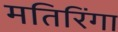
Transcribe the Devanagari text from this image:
मतिरिंगा